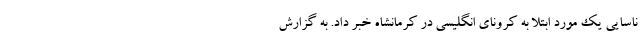
ناسایی یک مورد ابتلا به کرونای انگلیسی در کرمانشاه خبر داد. به گزارش